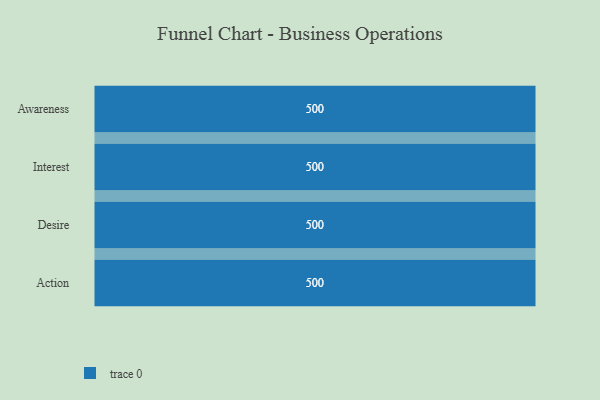
{"axis": {"x": "Stage", "y": "Value"}, "legend": [""], "data": [{"x": "Awareness", "y": 500, "type": ""}, {"x": "Interest", "y": 500, "type": ""}, {"x": "Desire", "y": 500, "type": ""}, {"x": "Action", "y": 500, "type": ""}]}